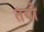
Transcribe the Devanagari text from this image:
तयो